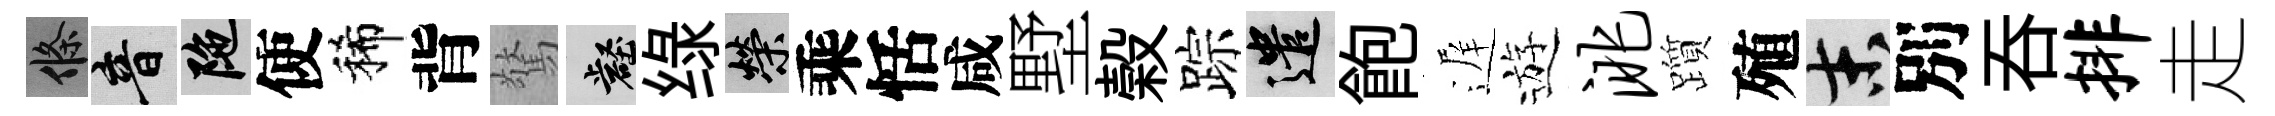
條音陀使稀背驚壑绿榮乘恬咸墅榖踪遣飽遅遊洮躓殖末別吞排走